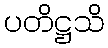
ပတိဋ္ဌသိ